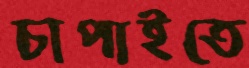
চাপাইতে